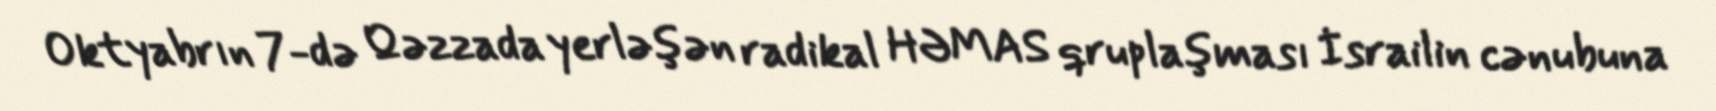
Oktyabrın 7-də Qəzzada yerləşən radikal HƏMAS qruplaşması İsrailin cənubuna